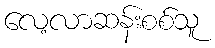
လေ့လာဆန်းစစ်သူ